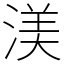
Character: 渼